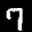
Label: 7